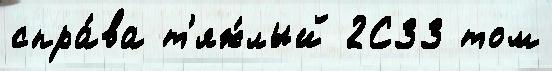
спра́ва т'яж́лый 2С33 том